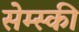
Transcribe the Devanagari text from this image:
सेम्स्की